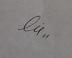
Signature authenticity: genuine